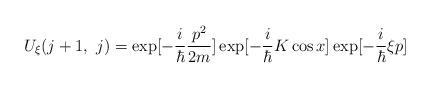
LaTeX: \begin{align*}U_\xi(j+1,~j)= \exp [ -\frac{i}{\hbar} \frac{p^2}{2m}] \exp [ -\frac{i}{\hbar} K\cos x ] \exp [ -\frac{i}{\hbar} \xi p ]\end{align*}